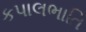
કપાલભાતિ